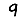
Digit: 9